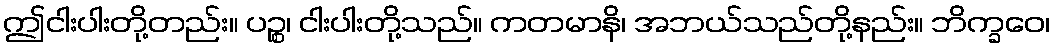
ဤငါးပါးတို့တည်း။ ပဉ္စ၊ ငါးပါးတို့သည်။ ကတမာနိ၊ အဘယ်သည်တို့နည်း။ ဘိက္ခဝေ၊